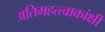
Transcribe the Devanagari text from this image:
अतिमहत्त्वाकांक्षी